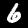
Digit: 6